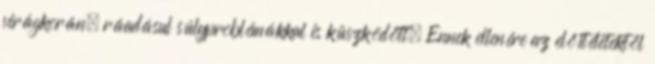
virágkorán, ráadásul súlyproblémákkal is küszködött. Ennek ellenére az előítéletektől